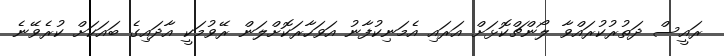
ރައީސް ދަތުރުކުރައްވާ ލޯންޗްކޮޅަށް އަރައި އެމަނިކުފާނު އަވަހާރަކޮށްލަން ރޭވުމަކީ އާދައިގެ ބައަކަށް ކުރެވޭނެ